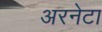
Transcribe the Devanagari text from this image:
अरनेटा